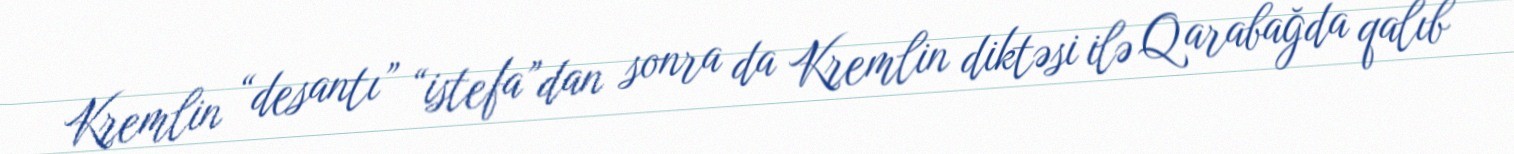
Kremlin “desantı” “istefa”dan sonra da Kremlin diktəsi ilə Qarabağda qalıb